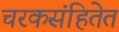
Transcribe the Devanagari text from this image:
चरकसंहितेत